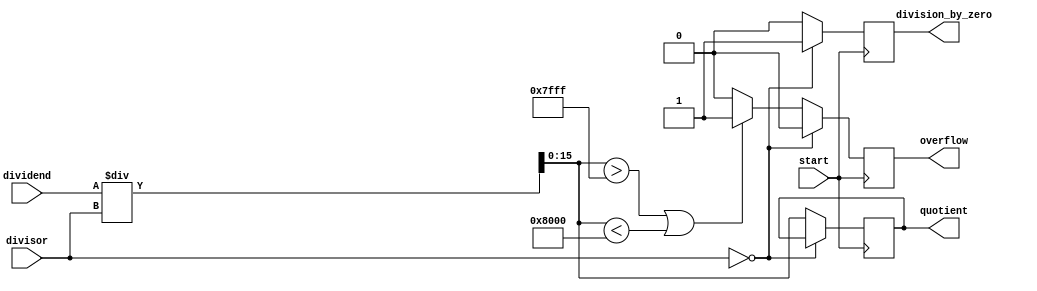
module fixed_point_divider (
    input [15:0] dividend,
    input [15:0] divisor,
    input start,
    output reg [15:0] quotient,
    output reg division_by_zero,
    output reg overflow
);

reg [31:0] dividend_extended;
reg [15:0] divisor_extended;

always @(posedge start) begin
    division_by_zero = 0;
    overflow = 0;
    
    dividend_extended = {16'b0, dividend};
    divisor_extended = {16'b0, divisor};
    
    // Perform division
    if (divisor_extended == 16'b0) begin
        division_by_zero = 1;
    end else begin
        quotient = dividend_extended / divisor_extended;
        
        // Check for overflow
        if (quotient > 16'h7FFF || quotient < -16'h8000) begin
            overflow = 1;
        end
    end
end

endmodule